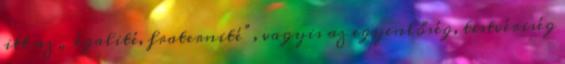
itt az „ égalité, fraternité”, vagyis az egyenlőség, testvériség